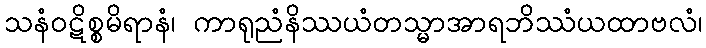
သနံဝဋိစ္စမိရာနံ၊ ကာရုညံနိဿယံတသ္မာအာရဘိဿံယထာဗလံ၊